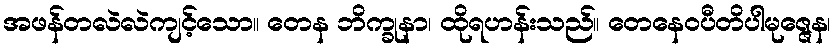
အဖန်တလဲလဲကျင့်သော။ တေန ဘိက္ခုနာ၊ ထိုရဟန်းသည်။ တေနေဝပီတိပါမုဇ္ဇေန၊